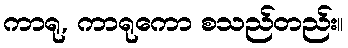
ကာရု, ကာရုကော စသည်တည်း။